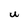
Character: U